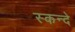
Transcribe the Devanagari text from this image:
स्कन्दे